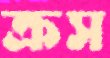
ক্রস